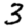
Digit: 3